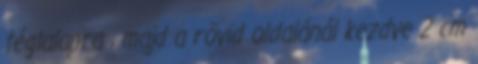
téglalapra , majd a rövid oldalánál kezdve 2 cm